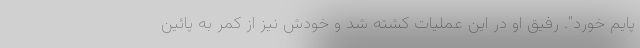
پایم خورد". رفیق او در این عملیات کشته شد و خودش نیز از کمر به پائین